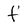
Character: f